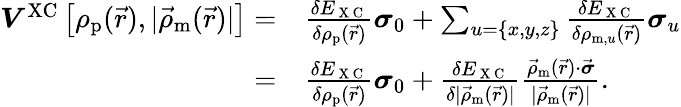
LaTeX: \begin{array}{rl}{\boldsymbol{V}^{\textrm{XC}}\left[\rho_{\textrm{p}}(\vec{r}),|\vec{\rho}_{\textrm{m}}(\vec{r})|\right]=}&{{}\frac{\delta E_{\mathrm{~X~C~}}}{\delta\rho_{\textrm{p}}(\vec{r})}\boldsymbol{\sigma}_{0}+\sum_{u=\{ x,y,z\} }\frac{\delta E_{\mathrm{~X~C~}}}{\delta\rho_{\textrm{m},u}(\vec{r})}\boldsymbol{\sigma}_{u}}\\ {=}&{{}\frac{\delta E_{\mathrm{~X~C~}}}{\delta\rho_{\textrm{p}}(\vec{r})}\boldsymbol{\sigma}_{0}+\frac{\delta E_{\mathrm{~X~C~}}}{\delta|\vec{\rho}_{\textrm{m}}(\vec{r})|}\frac{\vec{\rho}_{\textrm{m}}(\vec{r})\cdot\vec{\boldsymbol{\sigma}}}{|\vec{\rho}_{\textrm{m}}(\vec{r})|}.}\end{array}